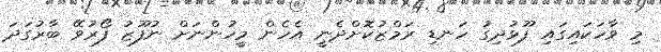
މި ވާހަކައިގައި ފޫޅުދިގު ހަނޑި ރަމްޒުކޮށްދެނީ އެހެން މީހުންނަށް ނުފޫޒު ފޯރުވޭ ބާރުގަދަ